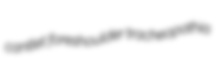
cantlet foreshoulder tracheopathia